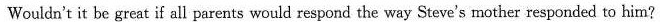
Wouldn't it be great if all parents would respond the way Steve's mother responded to him?